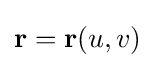
\mathbf {r} =\mathbf {r} (u,v)